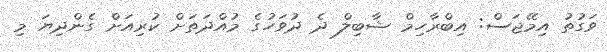
ވަގުތު އިމޭޖަސް: އިބްރާހިމް ޝާބިލް ދެ ދުވަހުގެ މުއްދަތަށް ކުރިއަށް ގެންދިޔަ މި